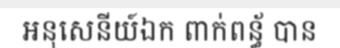
អនុសេនីយ៍ឯក ពាក់ពន្ធ័ បាន